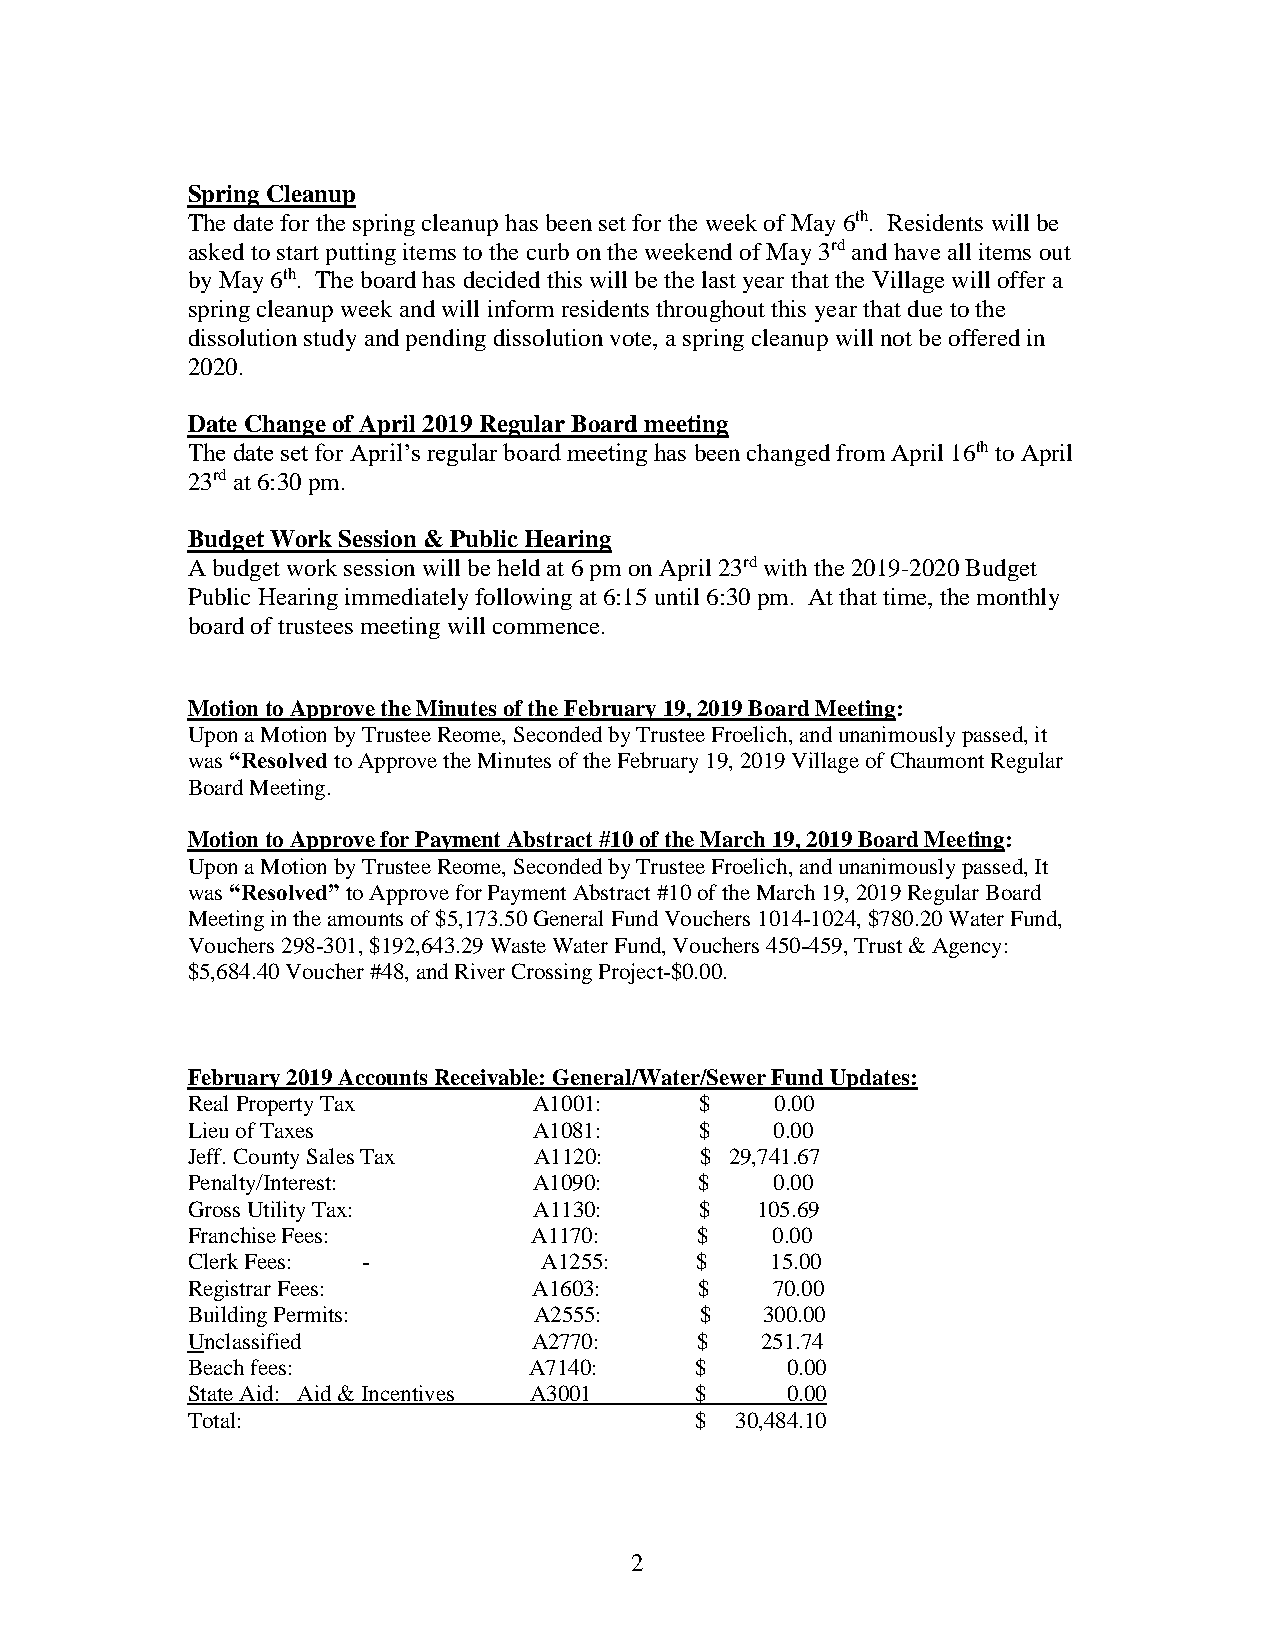
Spring Cleanup
 The date for the spring cleanup has been set for the week of May 6th. Residents will be
 asked to start putting items to the curb on the weekend of May 3rd and have all items out
 by May 6th. The board has decided this will be the last year that the Village will offer a
 spring cleanup week and will inform residents throughout this year that due to the
 dissolution study and pending dissolution vote, a spring cleanup will not be offered in
 2020.
 Date Change of April 2019 Regular Board meeting
 The date set for April’s regular board meeting has been changed from April 16th to April
 23rd at 6:30 pm.
 Budget Work Session & Public Hearing
 A budget work session will be held at 6 pm on April 23rd with the 2019-2020 Budget
 Public Hearing immediately following at 6:15 until 6:30 pm. At that time, the monthly
 board of trustees meeting will commence.
 Motion to Approve the Minutes of the February 19, 2019 Board Meeting:
 Upon a Motion by Trustee Reome, Seconded by Trustee Froelich, and unanimously passed, it
 was “Resolved to Approve the Minutes of the February 19, 2019 Village of Chaumont Regular
 Board Meeting.
 Motion to Approve for Payment Abstract #10 of the March 19, 2019 Board Meeting:
 Upon a Motion by Trustee Reome, Seconded by Trustee Froelich, and unanimously passed, It
 was “Resolved” to Approve for Payment Abstract #10 of the March 19, 2019 Regular Board
 Meeting in the amounts of $5,173.50 General Fund Vouchers 1014-1024, $780.20 Water Fund,
 Vouchers 298-301, $192,643.29 Waste Water Fund, Vouchers 450-459, Trust & Agency:
 $5,684.40 Voucher #48, and River Crossing Project-$0.00.
 February 2019 Accounts Receivable: General/Water/Sewer Fund Updates:
 Real Property Tax      A1001:     $    0.00
 Lieu of Taxes          A1081:     $    0.00
 Jeff. County Sales Tax A1120:     $ 29,741.67
 Penalty/Interest:      A1090:     $    0.00
 Gross Utility Tax:     A1130:     $   105.69
 Franchise Fees:        A1170:     $    0.00
 Clerk Fees: -           A1255:    $    15.00
 Registrar Fees:        A1603:     $    70.00
 Building Permits:      A2555:     $   300.00
 Unclassified           A2770:     $   251.74
 Beach fees:            A7140:     $     0.00
 State Aid: Aid & Incentives A3001 $     0.00
 Total:                            $  30,484.10
 2